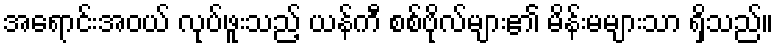
အရောင်းအဝယ် လုပ်ဖူးသည့် ယန်ကီ စစ်ဗိုလ်များ၏ မိန်းမများသာ ရှိသည်။